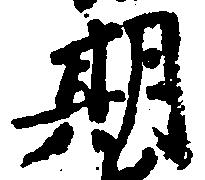
期